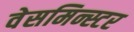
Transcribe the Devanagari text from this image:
वेसमिन्स्टर